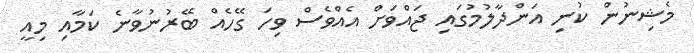
މެޝިނުން ކުނި އަންދާލުމުގައި ޖައްވަށް އެއްވެސް ވިހަ ގޭހެއް ބޭރުނުވާނެ ކަމާއި މިއީ